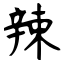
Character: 辣